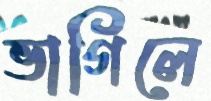
ভাগিলে